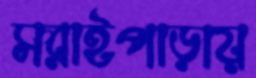
সরাইপাড়ায়